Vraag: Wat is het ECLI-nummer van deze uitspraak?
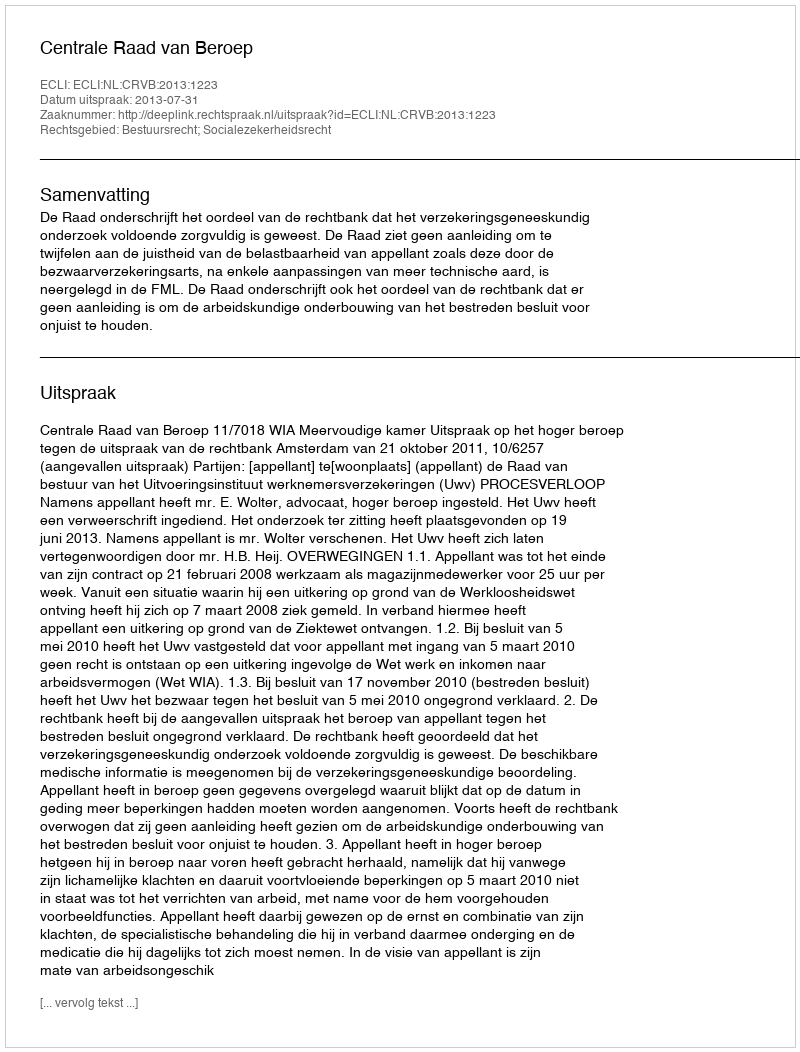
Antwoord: ECLI:NL:CRVB:2013:1223